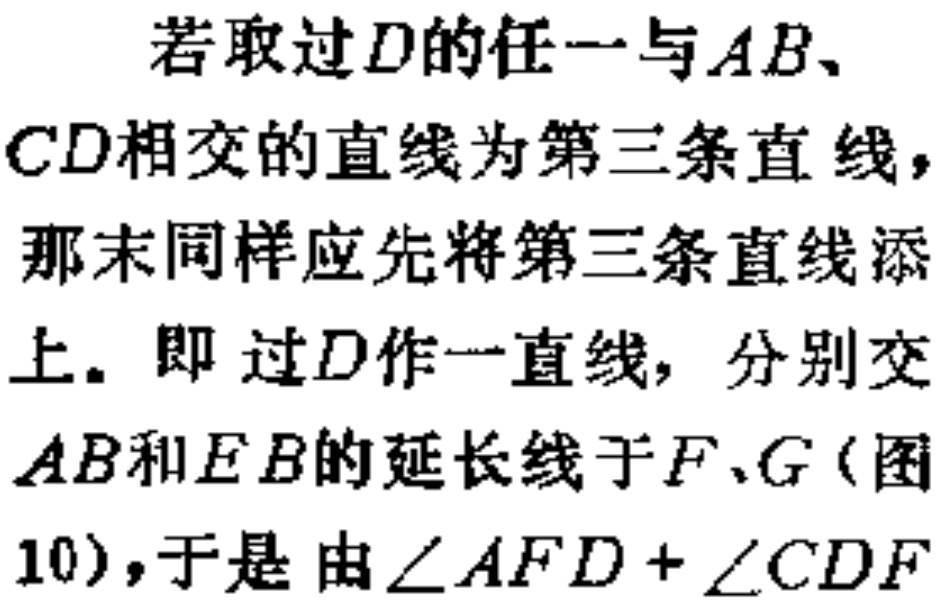
若取过\(D\)的任一与\(AB\)、\(CD\)相交的直线为第三条直线，那末同样应先将第三条直线添上。即 过\(D\)作一直线，分别交\(AB\)和\(EB\)的延长线于\(F\)、\(G\)（图10），于是 由\(\angle AFD + \angle CDF\)